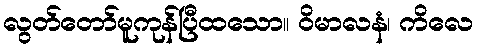
လွတ်တော်မူကုန်ပြီထသော။ ဝိမာလနံ၊ ကိလေ